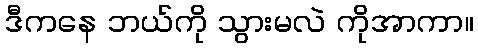
ဒီကနေ ဘယ်ကို သွားမလဲ ကိုအာကာ။